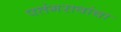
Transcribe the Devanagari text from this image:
पतंगरावांचा